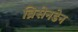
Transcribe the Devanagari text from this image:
ब्रिसेनडेन